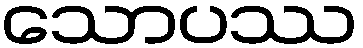
သောပဿ